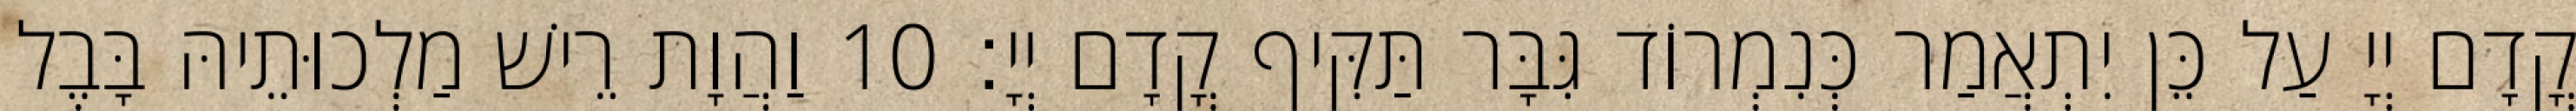
קֳדָם יְיָ עַל כֵּן יִתְאֲמַר כְּנִמְרוֹד גִּבָּר תַּקִּיף קֳדָם יְיָ׃ 10 וַהֲוָת רֵישׁ מַלְכוּתֵיהּ בָּבֶל